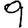
Digit: 9